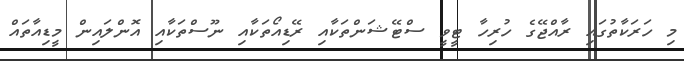
މި ހަރަކާތުގައި ރާއްޖޭގެ ހުރިހާ ޓީވީ ސްޓޭޝަންތަކާއި ރޭޑިއޯތަކާއި ނޫސްތަކާއި އޮންލައިން މީޑިއާތައް